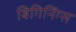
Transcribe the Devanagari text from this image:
बिगिनिंग्स